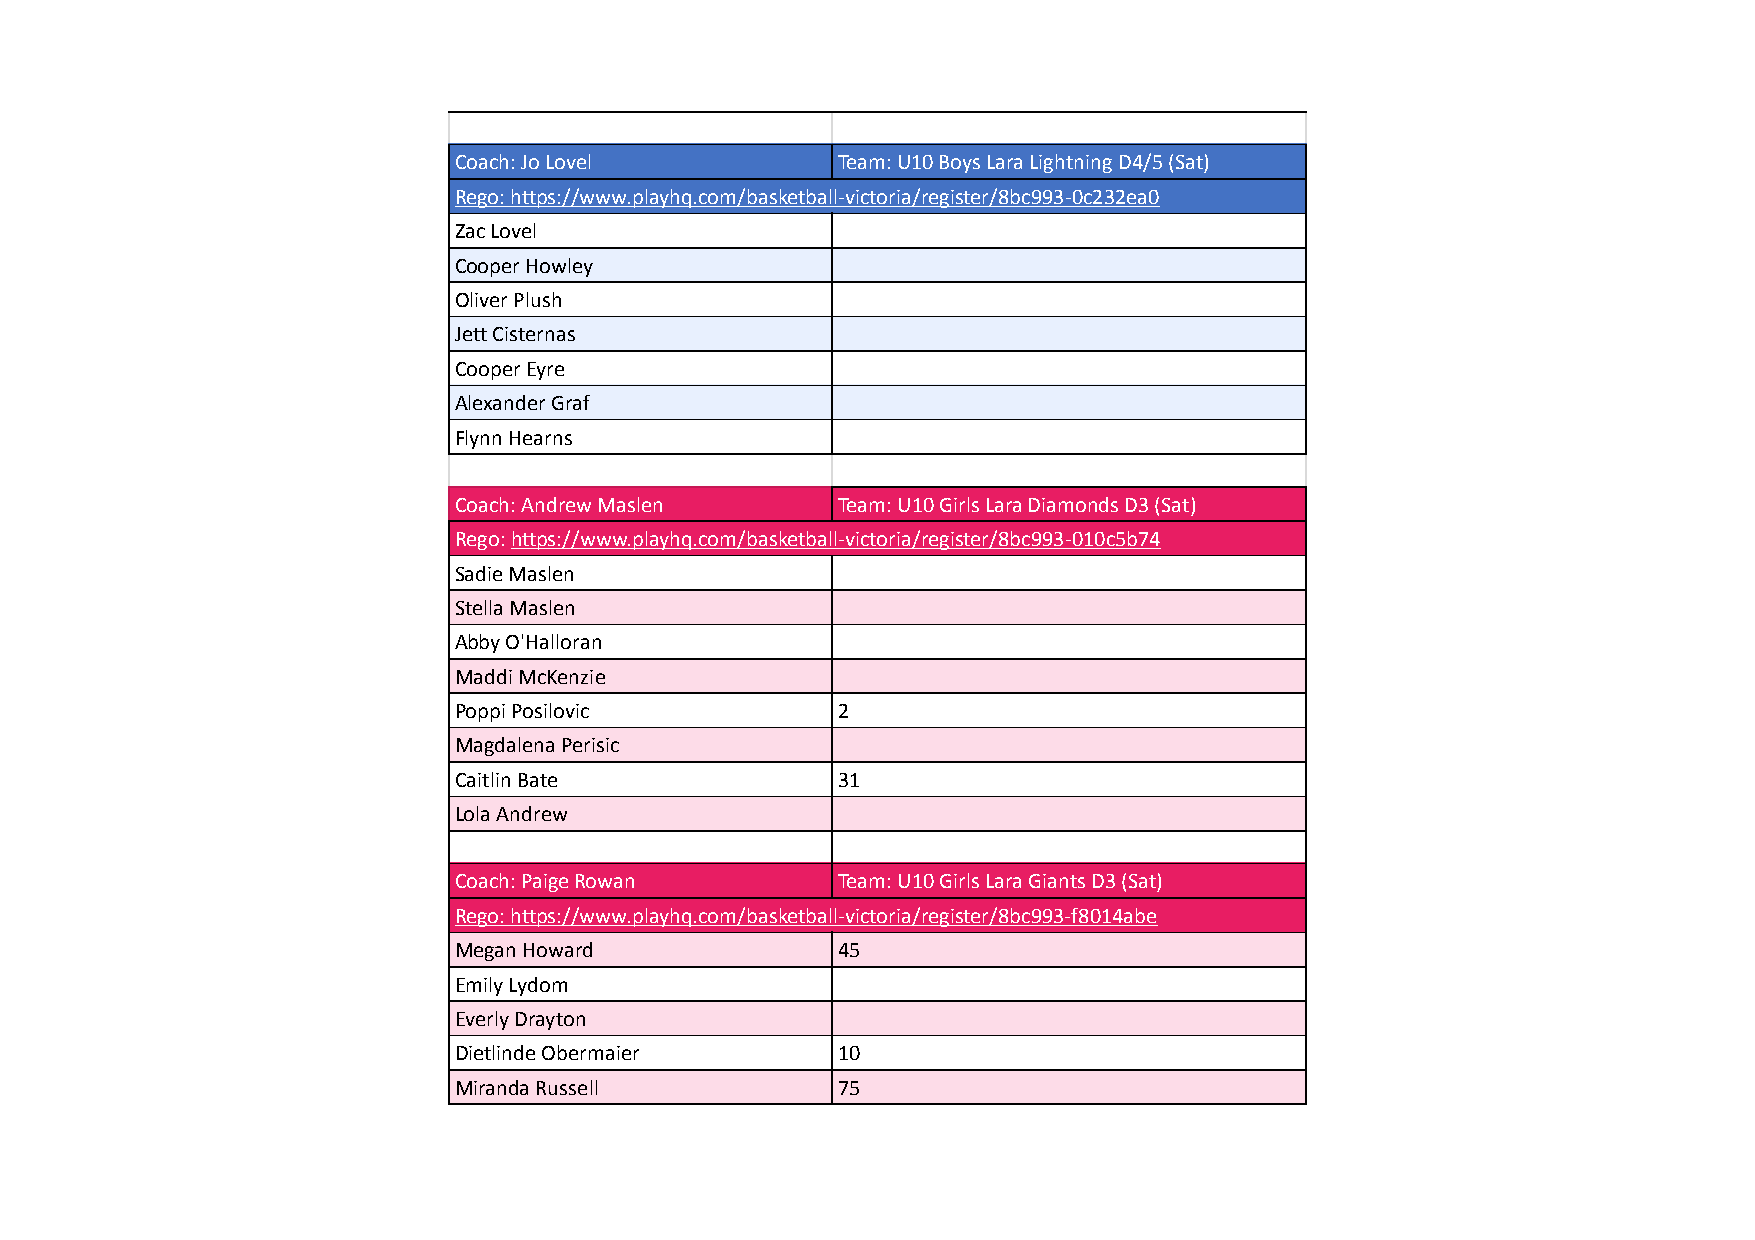
Coach: Jo Lovel          Team: U10 Boys Lara Lightning D4/5 (Sat)
 Rego: https://www.playhq.com/basketball-victoria/register/8bc993-0c232ea0
 Zac Lovel
 Cooper Howley
 Oliver Plush
 Jett Cisternas
 Cooper Eyre
 Alexander Graf
 Flynn Hearns
 Coach: Andrew Maslen     Team: U10 Girls Lara Diamonds D3 (Sat)
 Rego: https://www.playhq.com/basketball-victoria/register/8bc993-010c5b74
 Sadie Maslen
 Stella Maslen
 Abby O'Halloran
 Maddi McKenzie
 Poppi Posilovic          2
 Magdalena Perisic
 Caitlin Bate             31
 Lola Andrew
 Coach: Paige Rowan       Team: U10 Girls Lara Giants D3 (Sat)
 Rego: https://www.playhq.com/basketball-victoria/register/8bc993-f8014abe
 Megan Howard             45
 Emily Lydom
 Everly Drayton
 Dietlinde Obermaier      10
 Miranda Russell          75